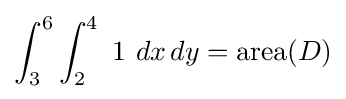
\int _{3}^{6}\int _{2}^{4}\ 1\ dx\,dy=\operatorname {area} (D)